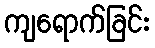
ကျရောက်ခြင်း